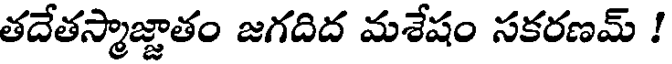
తదేతస్మాజ్జాతం జగదిద మశేషం సకరణమ్ !